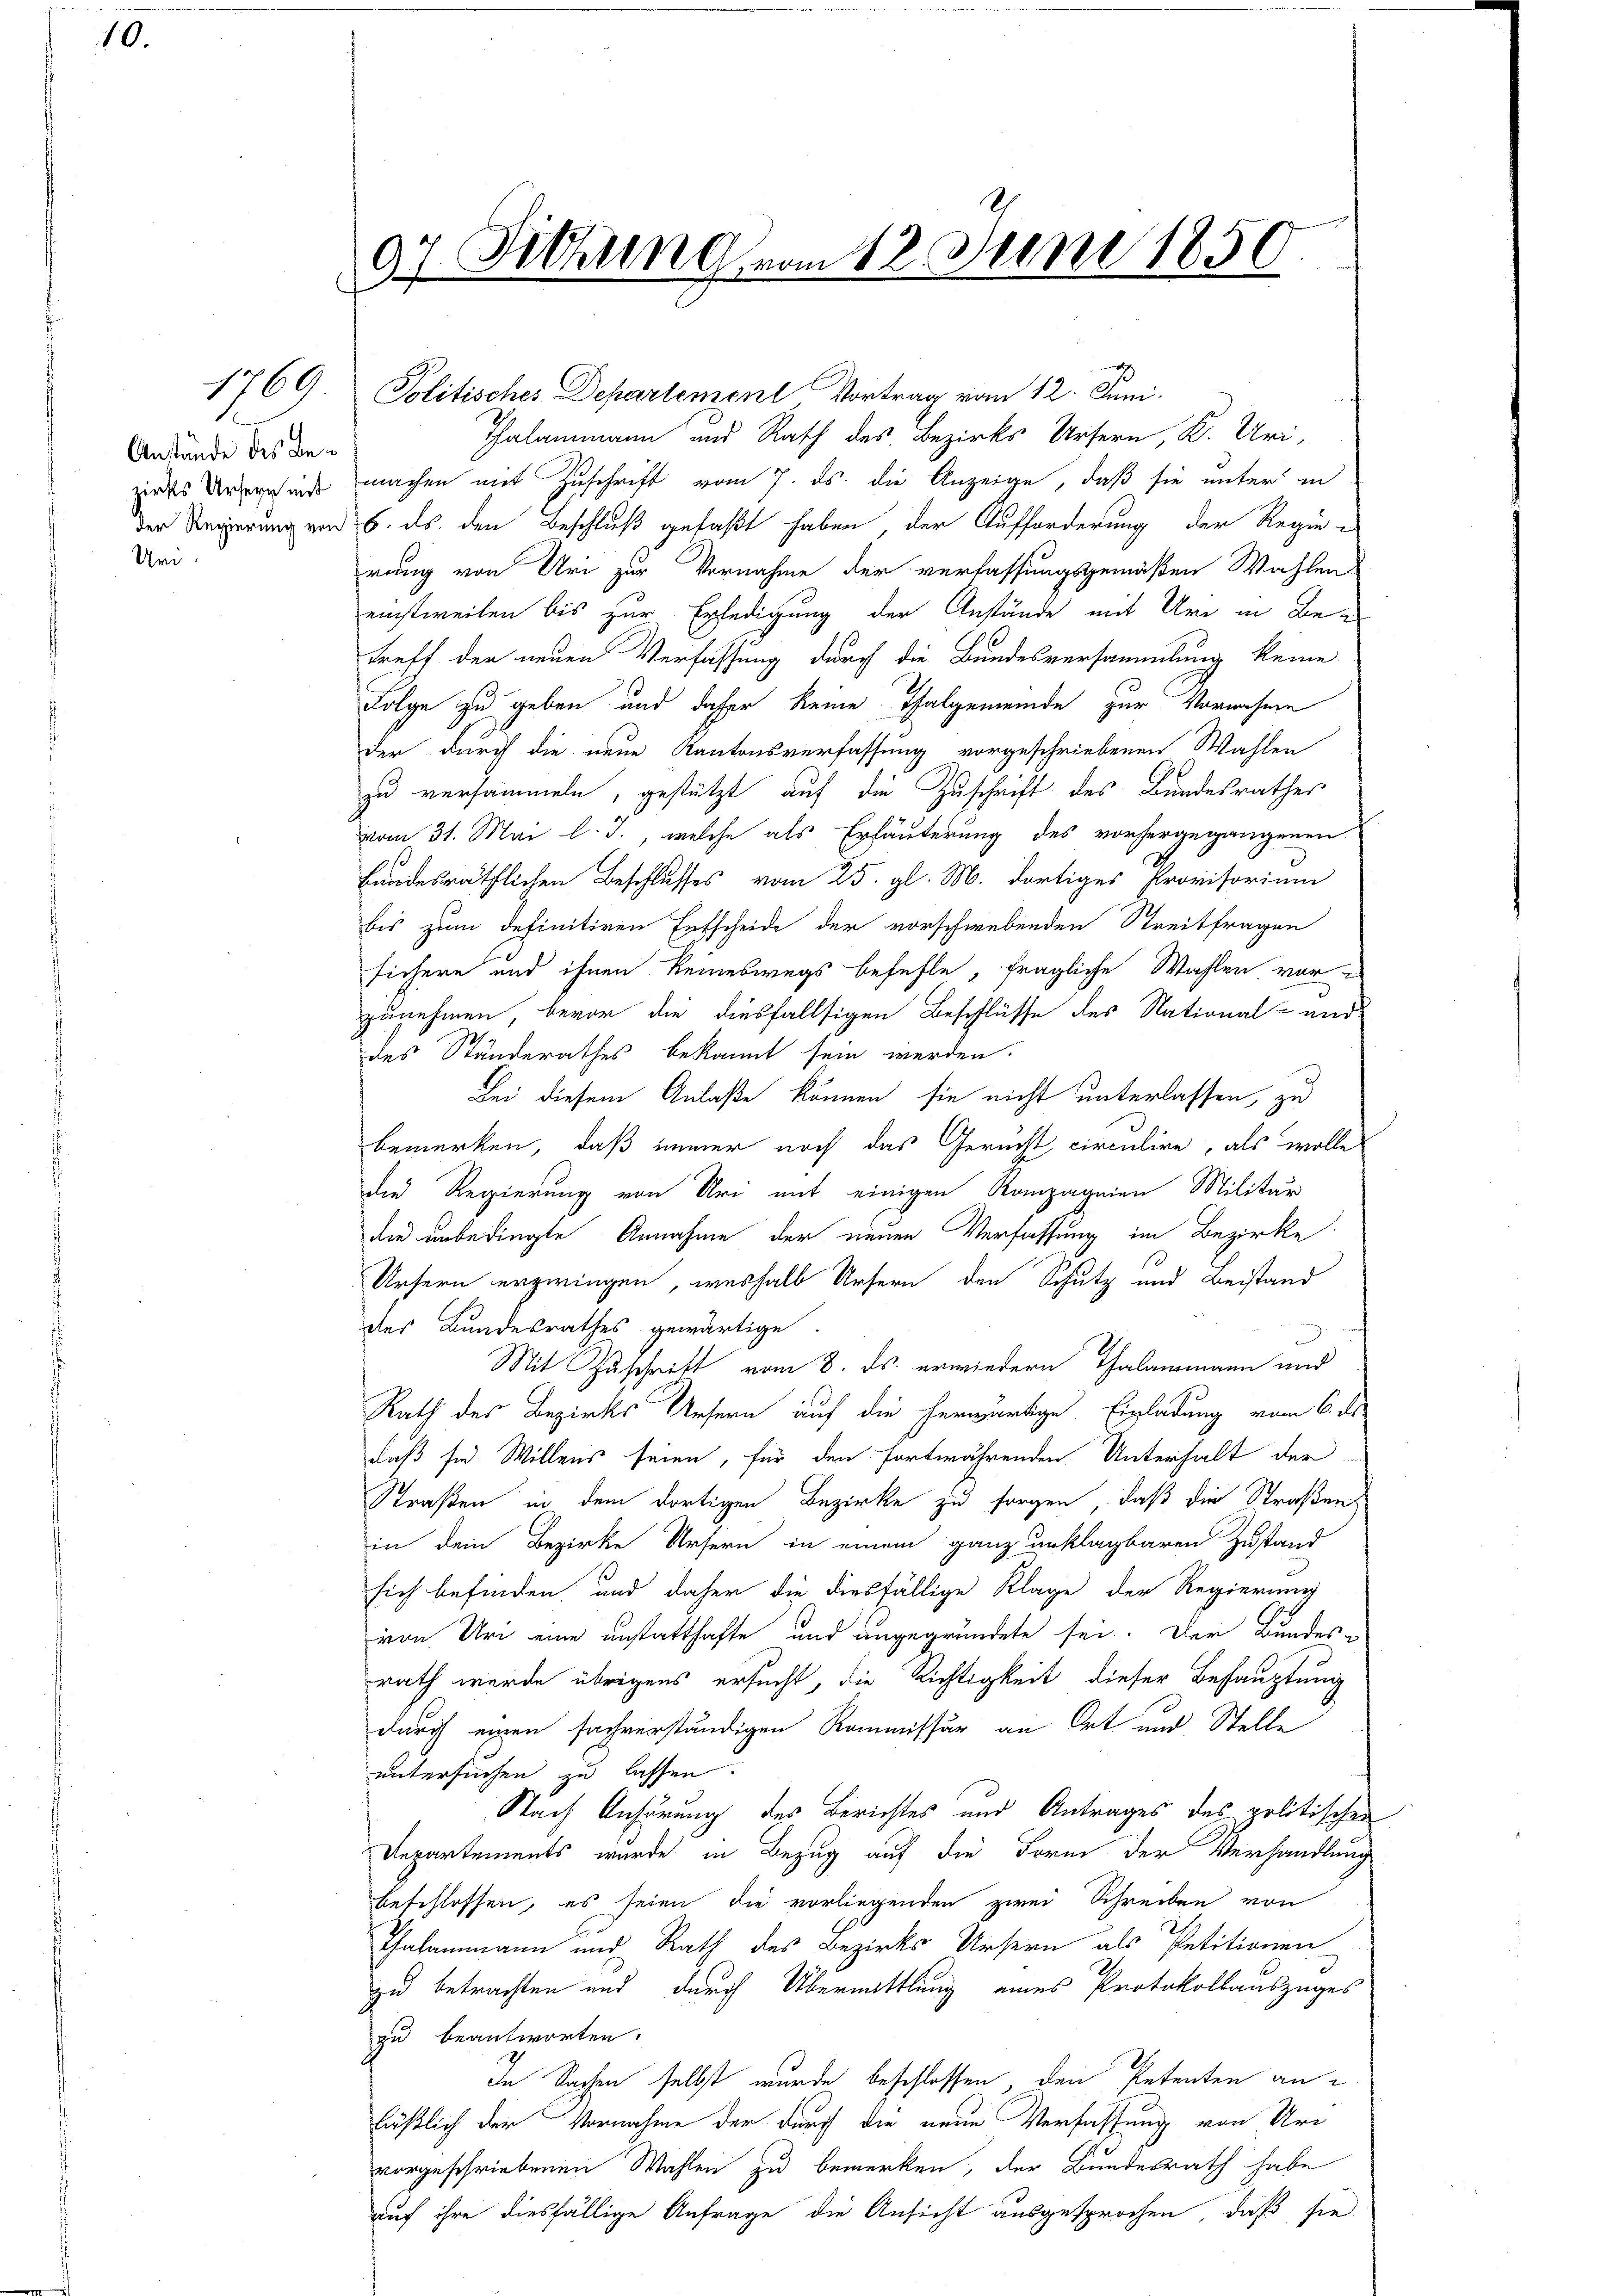
10.

Anstände des Bezirks Ursern mit
der Regierung von
Uri.

97. Sitzung vom 12. Juni 1850

d

1769 Politisches Departement Vortrag vom 12. Juni.
Thalammann und Rath des Bezirks Ursern, K. Uri,
machen mit Zuschrift vom 7. ds. die Anzeige, daß sie unter in
6. ds. den Beschluß gefaßt haben der Aufforderung der Regie-
rung von Uri zur Vornahme der verlassungsgemäßen Wahlen
einstweilen bis zur Erledigung der Anstände mit Uri in Betreff der neuen Verfassung durch die Bundesversammlung keine
Folge zu geben und daher keine Thalgemeinde zur Vornahme
der durch die neue Kantonsverfassung vorgeschriebenen Wahlen
zu versammeln, gestützt auf die Zuschrift des Bundesrathes
vom 31. Mai l. J., welche als Erläuterung des vorhergegangenen
bundesräthlichen Beschlusses vom 25. gl. M. dortiges Provisorium
bis zum definitiven Entscheide der vorschwebenden Streitfragen
sichere und ihnen keineswegs befehle, fragliche Wahlen vor
zunehmen, bevor die diesfallsigen Beschlüsse des National- und
des Ständerathes bekannt sein werden.
Bei diesem Anlaße können sie nicht unterlassen, zu
3
bemerken, daß immer noch das Gericht, circulire, als wolle
die Regierung von Uri mit einigen Rampagnien Militär
die unbedingte Annahme der neuen Verfassung im Bezirke
Ursern erzwingen, weshalb Ursern den Schutz und Beistand
des Bundesrathes gewärtige.
Mit Zuschrift vom 8. ds. erwiedern Thalammann und
Rath des Bezirks Unsern auf die herwärtige Einladung vom 6. de
daß sie. Willens seien, für den fortwährenden Unterhalt der
Straßen in dem dortigen Bezirke zu sorgen, daß die Straßen
in dem Bezirke Ursern in einem ganz unklagbaren Zustand
sich befinden und daher die diesfällige Klage der Regierung
von Uri eine unstatthafte und angegründete sei. Der Bundes ein
rath wurde übrigens ersucht, die Richtigkeit dieser Behauptung
durch einen sachverständigen Kommissär an Ort und Stelle
untersuchen zu lassen.
Nach Anhörung des Berichtes und Antrages des politischen
Departements wurde in Bezug auf die Form der Verhandlung
beschlossen, es seien die vorliegenden zwei Schreiben von
Thalammann und Rath des Bezirks Ursern als Petitionen
zu betrachten und durch Übermittlung eines Protokollauszuges
zu beantworten.
In Sachen selbst wurde beschlossen, den Petenten an
läßlich der Vornahme der durch die neue Verfassung von Urvorgeschriebenen Wahlen zu bemerken, der Bundesrath habe
auf ihre diesfällige Anfrage die Ansicht ausgesprochen, daß sie